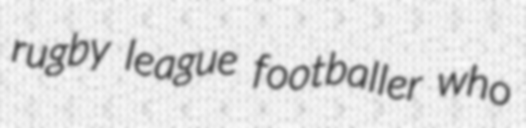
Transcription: rugby league footballer who